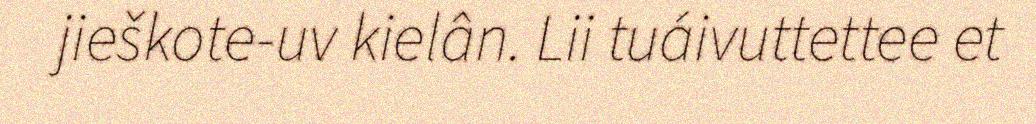
jieškote-uv kielân. Lii tuáivuttettee et